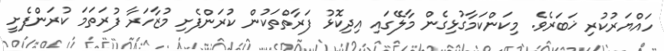
ހައްޔަރުކުރި ޚަބަރެވެ. މިކަންކަމާގުޅިގެން މާލޭގައި އިދިކޮޅު ފަރާތްތަކުން ކުރަންފެށި މުޒާހަރާ ފުރަތަމަ ކުރަންފެށީ